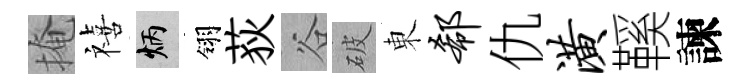
掩禧炳翎荻谷破東欷仇潢鞵諫